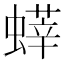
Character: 𧐞